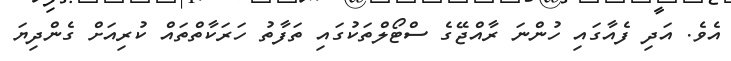
އެވެ. އަދި ފެއާގައި ހުންނަ ރާއްޖޭގެ ސްޓޯލްތަކުގައި ތަފާތު ހަރަކާތްތައް ކުރިއަށް ގެންދިޔަ